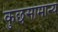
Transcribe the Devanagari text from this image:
कुछसामान्य